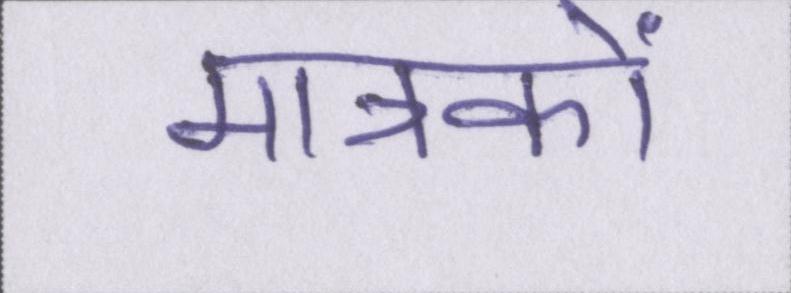
मात्रकों